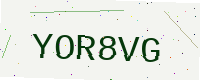
Text: YOR8VG